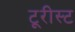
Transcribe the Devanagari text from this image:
टूरीस्ट